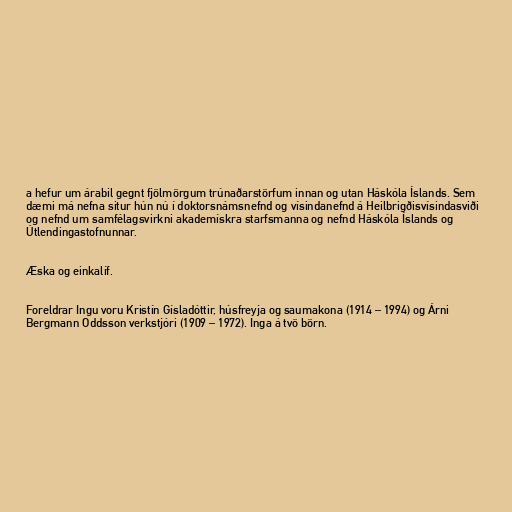
a hefur um árabil gegnt fjölmörgum trúnaðarstörfum innan og utan Háskóla Íslands. Sem
dæmi má nefna situr hún nú í doktorsnámsnefnd og vísindanefnd á Heilbrigðisvísindasviði
og nefnd um samfélagsvirkni akademískra starfsmanna og nefnd Háskóla Íslands og
Útlendingastofnunnar.

Æska og einkalíf.

Foreldrar Ingu voru Kristín Gísladóttir, húsfreyja og saumakona (1914 – 1994) og Árni
Bergmann Oddsson verkstjóri (1909 – 1972). Inga á tvö börn.